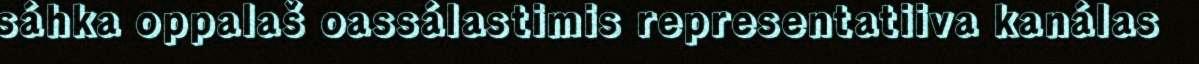
sáhka oppalaš oassálastimis representatiiva kanálas